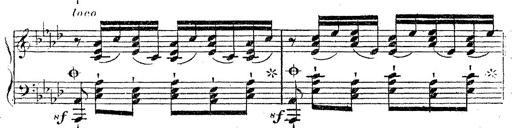
Title: 12 Lieder von Franz Schubert
Composer: Franz Liszt